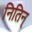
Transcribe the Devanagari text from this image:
नितिन्